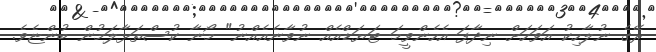
ރޭގެ ނުލާހިކު އަވަހަށް ނިދާފަ އެހެންވީމަ ޓަޔަޑްއެއް ނުވާނެއެއްނު" މޯނާ ކުސްތަޅާލަމުން ބުންޏެވެ.